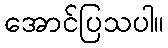
အောင်ပြသပါ။